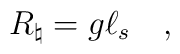
R_\natural = g \ell_s \quad ,